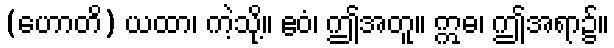
(ဟောတိ) ယထာ၊ ကဲ့သို့။ ဧဝံ၊ ဤအတူ။ ဣဓ၊ ဤအရာ၌။